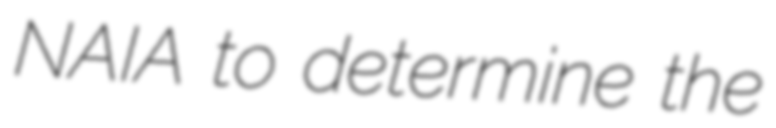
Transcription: NAIA to determine the